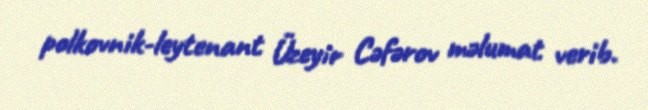
polkovnik-leytenant Üzeyir Cəfərov məlumat verib.